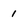
Character: 1